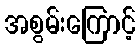
အစွမ်းကြောင့်